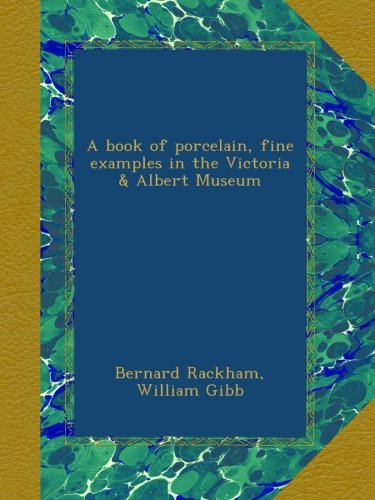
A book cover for A book of porcelain, fine examples in the Victoria & Albert Museum; Bernard Rackham; Crafts, Hobbies & Home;